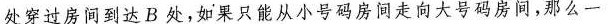
处穿过房间到达B处，如果只能从小号码房间走向大号码房间，那么一